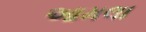
આમલા